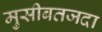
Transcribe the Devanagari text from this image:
मुसीबतजदा